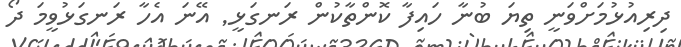
ދިރިއުޅުމަށްވަނީ ތިޔަ ބުނާ ހައިފާ ކޮންތާކުން ރަނގަޅީ